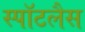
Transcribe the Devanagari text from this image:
स्पॉटलैस